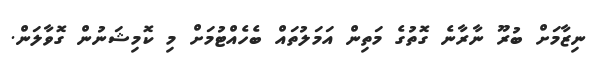
ނިޒާމަށް ބުރޫ ނާރާނެ ގޮތުގެ މަތިން އަމަލުތައް ބެހެއްޓުމަށް މި ކޮމިޝަނުން ގޮވާލަން.